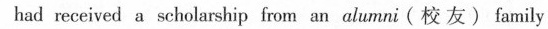
had received a scholarshipiom an wlarani(校友)family